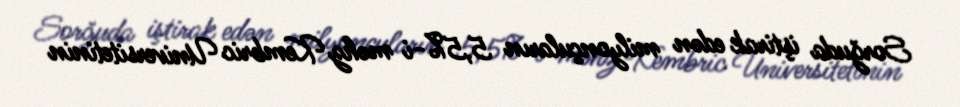
Sorğuda iştirak edən milyonçuların 5,5%-i məhz Kembric Universitetinin